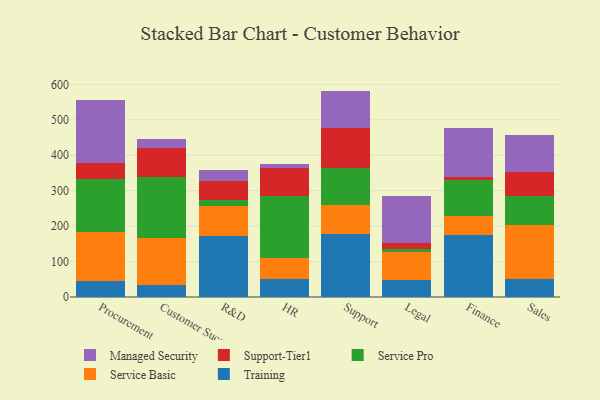
{"axis": {"x": "Department", "y": "Demand Index"}, "legend": ["Managed Security", "Service Basic", "Service Pro", "Support-Tier1", "Training"], "data": [{"x": "Procurement", "y": 45.6, "type": "Training"}, {"x": "Procurement", "y": 137.5, "type": "Service Basic"}, {"x": "Procurement", "y": 149.4, "type": "Service Pro"}, {"x": "Procurement", "y": 45.1, "type": "Support-Tier1"}, {"x": "Procurement", "y": 179.5, "type": "Managed Security"}, {"x": "Customer Success", "y": 33.5, "type": "Training"}, {"x": "Customer Success", "y": 132.3, "type": "Service Basic"}, {"x": "Customer Success", "y": 173.7, "type": "Service Pro"}, {"x": "Customer Success", "y": 82.3, "type": "Support-Tier1"}, {"x": "Customer Success", "y": 24.8, "type": "Managed Security"}, {"x": "R&D", "y": 172.1, "type": "Training"}, {"x": "R&D", "y": 85.0, "type": "Service Basic"}, {"x": "R&D", "y": 17.2, "type": "Service Pro"}, {"x": "R&D", "y": 54.3, "type": "Support-Tier1"}, {"x": "R&D", "y": 28.6, "type": "Managed Security"}, {"x": "HR", "y": 52.1, "type": "Training"}, {"x": "HR", "y": 57.8, "type": "Service Basic"}, {"x": "HR", "y": 175.3, "type": "Service Pro"}, {"x": "HR", "y": 77.8, "type": "Support-Tier1"}, {"x": "HR", "y": 11.0, "type": "Managed Security"}, {"x": "Support", "y": 177.0, "type": "Training"}, {"x": "Support", "y": 83.5, "type": "Service Basic"}, {"x": "Support", "y": 104.3, "type": "Service Pro"}, {"x": "Support", "y": 112.9, "type": "Support-Tier1"}, {"x": "Support", "y": 104.0, "type": "Managed Security"}, {"x": "Legal", "y": 47.4, "type": "Training"}, {"x": "Legal", "y": 79.4, "type": "Service Basic"}, {"x": "Legal", "y": 10.0, "type": "Service Pro"}, {"x": "Legal", "y": 16.0, "type": "Support-Tier1"}, {"x": "Legal", "y": 130.9, "type": "Managed Security"}, {"x": "Finance", "y": 176.0, "type": "Training"}, {"x": "Finance", "y": 51.9, "type": "Service Basic"}, {"x": "Finance", "y": 102.5, "type": "Service Pro"}, {"x": "Finance", "y": 9.5, "type": "Support-Tier1"}, {"x": "Finance", "y": 136.9, "type": "Managed Security"}, {"x": "Sales", "y": 50.2, "type": "Training"}, {"x": "Sales", "y": 154.1, "type": "Service Basic"}, {"x": "Sales", "y": 81.4, "type": "Service Pro"}, {"x": "Sales", "y": 66.5, "type": "Support-Tier1"}, {"x": "Sales", "y": 105.6, "type": "Managed Security"}]}